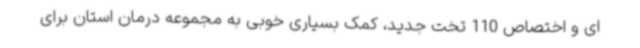
ای و اختصاص 110 تخت جدید، کمک بسیاری خوبی به مجموعه درمان استان برای